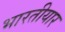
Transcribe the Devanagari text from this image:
भारतीयार